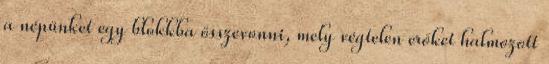
a népünket egy blokkba összevonni, mely végtelen erőket halmozott